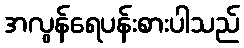
အလွန်ရေပန်းစားပါသည်